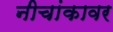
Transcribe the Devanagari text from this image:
नीचांकावर